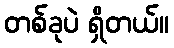
တစ်ခုပဲ ရှိတယ်။